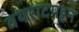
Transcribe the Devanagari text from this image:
वयराटपट्टन